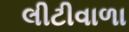
લીટીવાળા